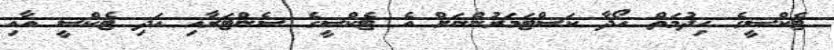
ޓެކްސީގެ ހިދުމަތް ހޯދާ ކަސްޓަމަރުންނަށް އެ ޓެކްސީގެ ސެންޓަރާއި އަދި ޓެކްސީ އާއި